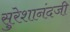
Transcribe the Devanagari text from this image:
सुरेशानंदजी